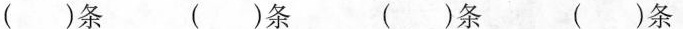
( )条 ( )条 ( )条 ( )条